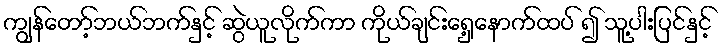
ကျွန်တော့်ဘယ်ဘက်နှင့် ဆွဲယူလိုက်ကာ ကိုယ်ချင်းရှေ့နောက်ထပ် ၍ သူ့ပါးပြင်နှင့်